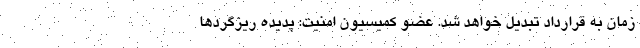
زمان به قرارداد تبدیل خواهد شد. عضو کمیسیون امنیت: پدیده ریزگردها